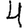
Digit: 4